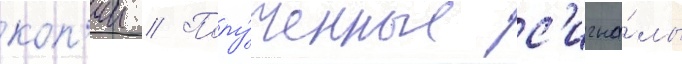
коп'ии // Полу́ченные с'игна́лы